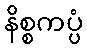
နိစ္စကပ္ပံ